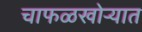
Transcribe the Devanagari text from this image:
चाफळखोऱ्यात